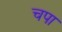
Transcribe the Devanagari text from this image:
चपा